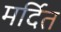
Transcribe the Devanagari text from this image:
मर्दित